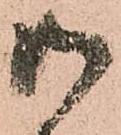
御